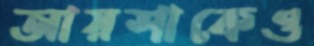
আয়শাকেও